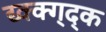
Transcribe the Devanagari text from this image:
द्य्क्क्ग्द्क